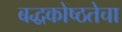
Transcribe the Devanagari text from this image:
बद्धकोष्ठतेचा